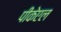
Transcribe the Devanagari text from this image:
पीकेएल